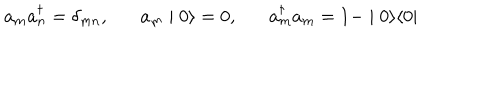
LaTeX: a _ { m } a _ { n } ^ { \dagger } = \delta _ { m n } , a _ { m } \mid 0 \rangle = 0 , a _ { m } ^ { \dagger } a _ { m } = 1 - \mid 0 \rangle \langle 0 \mid